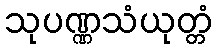
သုပဏ္ဏသံယုတ္တံ